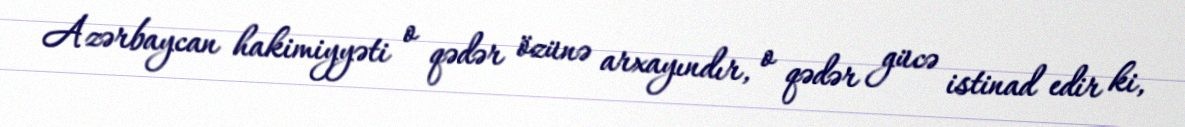
Azərbaycan hakimiyyəti o qədər özünə arxayındır, o qədər gücə istinad edir ki,